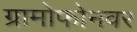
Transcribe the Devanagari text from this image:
ग्रामोफोनवर